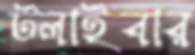
টলাইবার